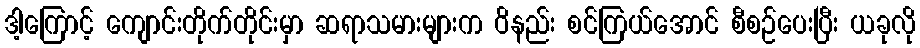
ဒါ့ကြောင့် ကျောင်းတိုက်တိုင်းမှာ ဆရာသမားများက ဝိနည်း စင်ကြယ်အောင် စီစဉ်ပေးပြီး ယခုလို